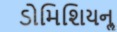
ડોમિશિયનૢ